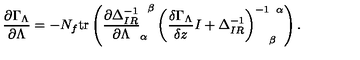
\frac { \partial \Gamma _ { \Lambda } } { \partial \Lambda } = - N _ { f } \mathrm { t r } \left( \frac { \partial \Delta _ { I R } ^ { - 1 } } { \partial \Lambda } _ { \alpha } ^ { \phantom { \alpha } \beta } \left( \frac { \delta \Gamma _ { \Lambda } } { \delta z } I + \Delta _ { I R } ^ { - 1 } \right) _ { \phantom { - 1 } \beta } ^ { - 1 \phantom { \beta } \alpha } \right) .